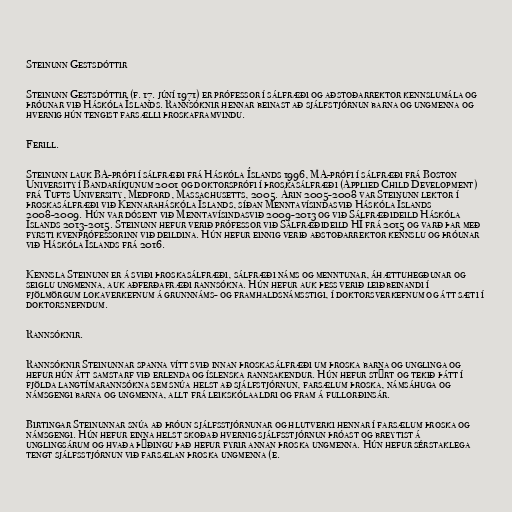
Steinunn Gestsdóttir

Steinunn Gestsdóttir (f. 17. júní 1971) er prófessor í sálfræði og aðstoðarrektor kennslumála og
þróunar við Háskóla Íslands. Rannsóknir hennar beinast að sjálfstjórnun barna og ungmenna og
hvernig hún tengist farsælli þroskaframvindu.

Ferill.

Steinunn lauk BA-prófi í sálfræði frá Háskóla Íslands 1996, MA-prófi í sálfræði frá Boston
University í Bandaríkjunum 2001 og doktorsprófi í þroskasálfræði (Applied Child Development)
frá Tufts University, Medford, Massachusetts, 2005. Árin 2005-2008 var Steinunn lektor í
þroskasálfræði við Kennaraháskóla Íslands, síðan Menntavísindasvið Háskóla Íslands
2008-2009. Hún var dósent við Menntavísindasvið 2009-2013 og við Sálfræðideild Háskóla
Íslands 2013-2015. Steinunn hefur verið prófessor við Sálfræðideild HÍ frá 2015 og varð þar með
fyrsti kvenprófessorinn við deildina. Hún hefur einnig verið aðstoðarrektor kennslu og þróunar
við Háskóla Íslands frá 2016.

Kennsla Steinunn er á sviði þroskasálfræði, sálfræði náms og menntunar, áhættuhegðunar og
seiglu ungmenna, auk aðferðafræði rannsókna. Hún hefur auk þess verið leiðbeinandi í
fjölmörgum lokaverkefnum á grunnnáms- og framhaldsnámsstigi, í doktorsverkefnum og átt sæti í
doktorsnefndum.

Rannsóknir.

Rannsóknir Steinunnar spanna vítt svið innan þroskasálfræði um þroska barna og unglinga og
hefur hún átt samstarf við erlenda og íslenska rannsakendur. Hún hefur stýrt og tekið þátt í
fjölda langtímarannsókna sem snúa helst að sjálfstjórnun, farsælum þroska, námsáhuga og
námsgengi barna og ungmenna, allt frá leikskólaaldri og fram á fullorðinsár.

Birtingar Steinunnar snúa að þróun sjálfsstjórnunar og hlutverki hennar í farsælum þroska og
námsgengi. Hún hefur einna helst skoðað hvernig sjálfsstjórnun þróast og breytist á
unglingsárum og hvaða þýðingu það hefur fyrir annan þroska ungmenna. Hún hefur sérstaklega
tengt sjálfsstjórnun við farsælan þroska ungmenna (e.